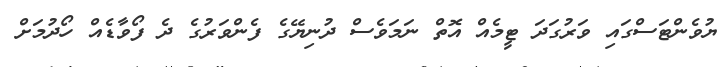
ޔުވެންޓަސްގައި ވަރުގަދަ ޓީމެއް އޮތް ނަމަވެސް ދުނިޔޭގެ ފެންވަރުގެ ދެ ފޯވާޑެއް ހޯދުމަށް